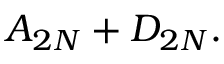
A _ { 2 N } + D _ { 2 N } .